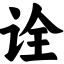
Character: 诠